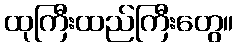
ထုကြီးထည်ကြီးတွေ။